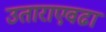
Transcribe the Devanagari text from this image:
उताराएवढा